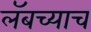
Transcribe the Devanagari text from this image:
लॅबच्याच